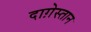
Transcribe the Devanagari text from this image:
दाग़ेस्तान